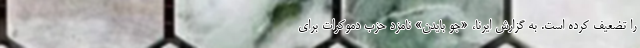
را تضعیف کرده است. به گزارش ایرنا، «جو بایدن» نامزد حزب دموکرات برای